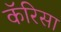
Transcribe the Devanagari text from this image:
कॅरिसा